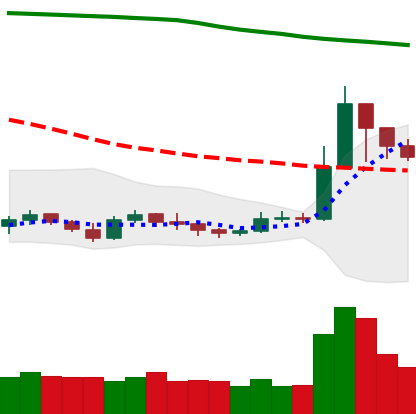
Ticker: XRP-USD
Chart end date: 2019-09-21
Forward return: -15.775%
Label: down_7plus